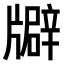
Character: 𤗺